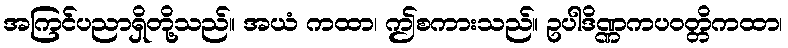
အကြင်ပညာရှိတို့သည်။ အယံ ကထာ၊ ဤစကားသည်။ ဥပါဒိဏ္ဏကပဝတ္တိကထာ၊